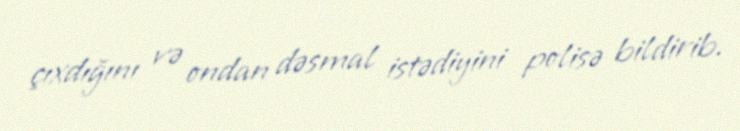
çıxdığını və ondan dəsmal istədiyini polisə bildirib.